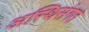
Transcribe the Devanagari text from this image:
अस्थिसंगत